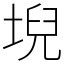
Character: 堄